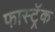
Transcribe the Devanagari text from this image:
फास्ट्रॅक